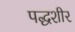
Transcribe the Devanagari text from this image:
पद्धशीर